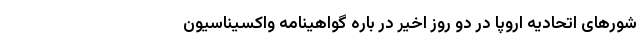
شورهای اتحادیه اروپا در دو روز اخیر در باره گواهینامه واکسیناسیون